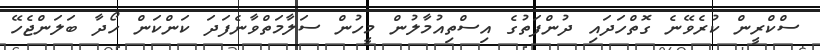
ސްކްރީން ކުރެވޭނެ ގޮތްހަދައި ދުންފަތުގެ އިސްތިއުމާލުން މީހުން ސަލާމަތްވާނެފަދަ ކަންކަން ހޯދާ ބަލަންޖެހޭ